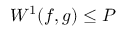
W ^ { 1 } ( f , g ) \leq P